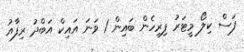
ފަސް ކިލޯ މީޓަރު ފިރިހެން ބައިން 1 ވަނަ އައިކް އަަބްދު ރިފާއު